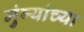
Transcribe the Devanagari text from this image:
मुंग्यांच्या